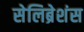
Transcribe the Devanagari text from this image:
सेलिब्रेशंस